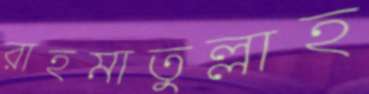
রাহমাতুল্লাহ